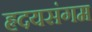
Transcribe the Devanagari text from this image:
हृदयसंगम